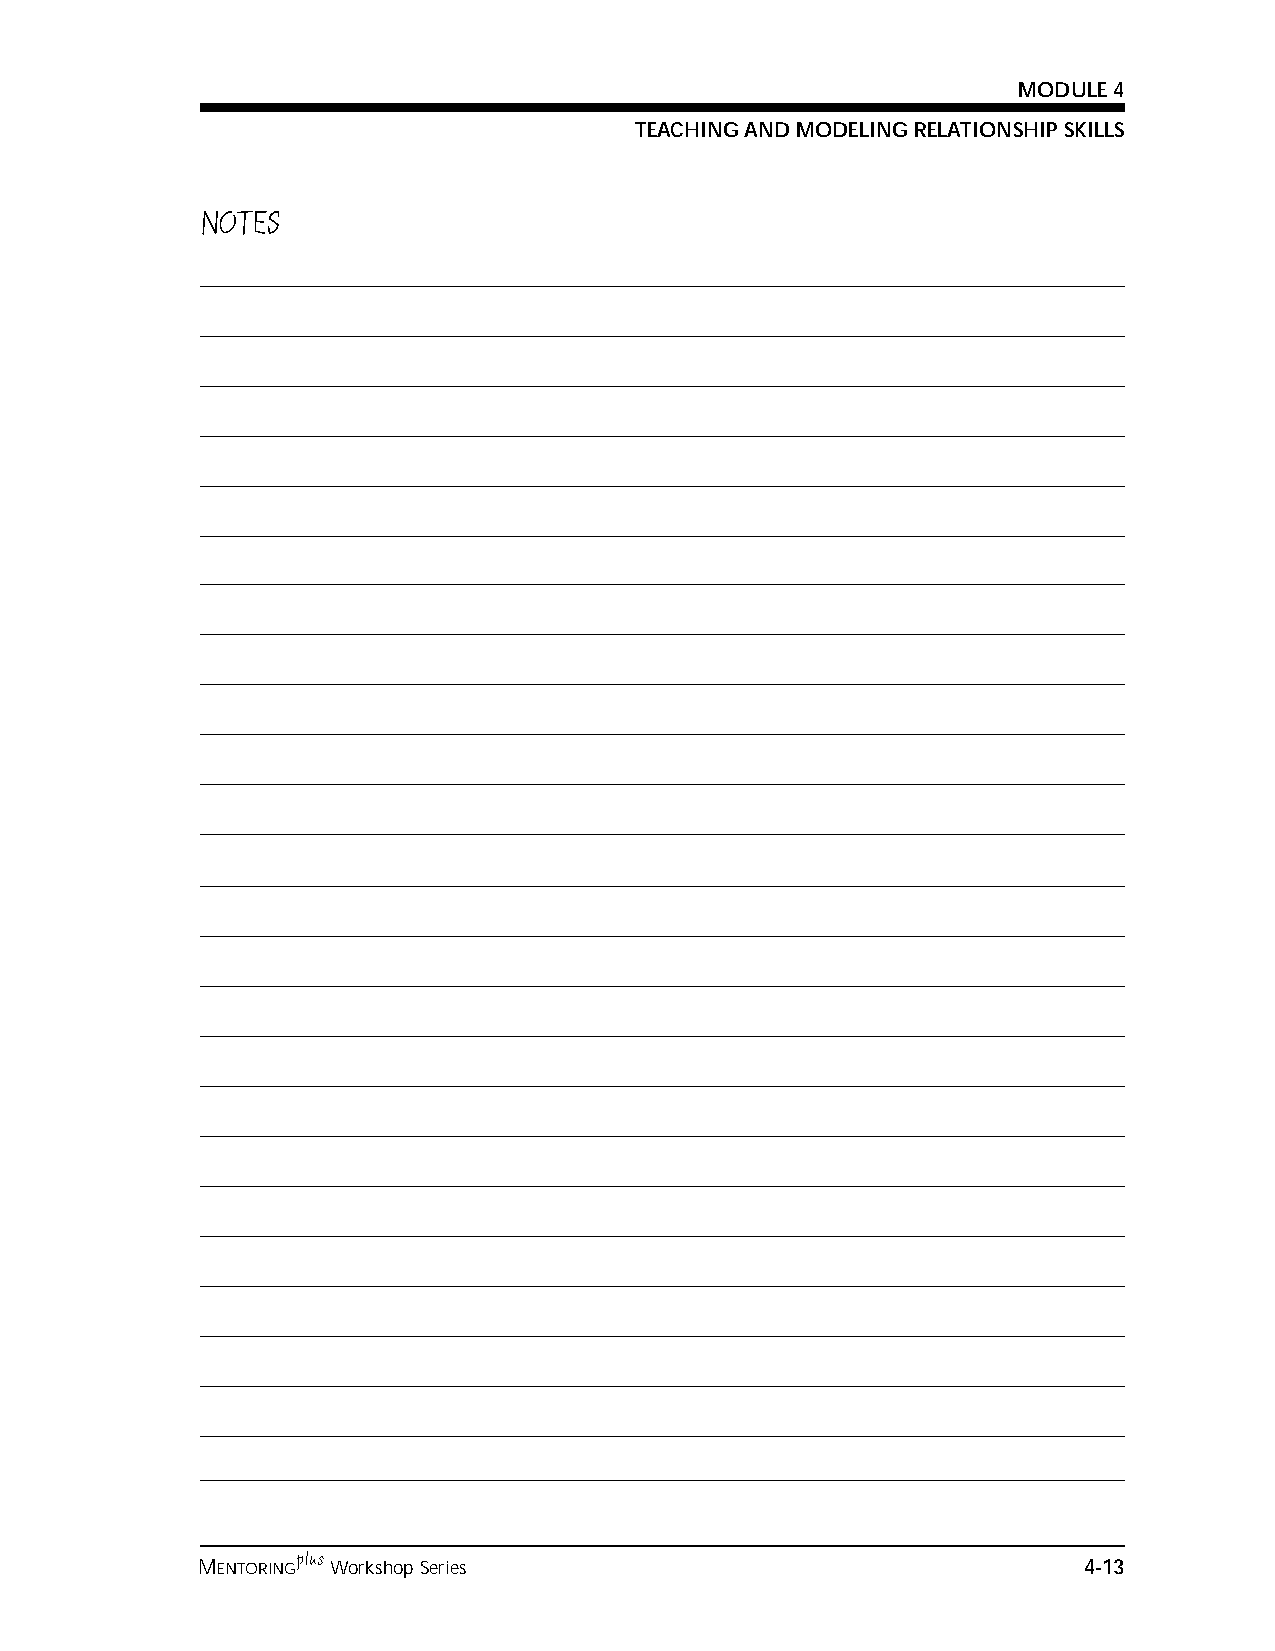
MODULE 4
 TEACHING AND MODELING RELATIONSHIP SKILLS
 NOTES                                           NOTES
 plus
 MENTORING Workshop Series                                  4-13